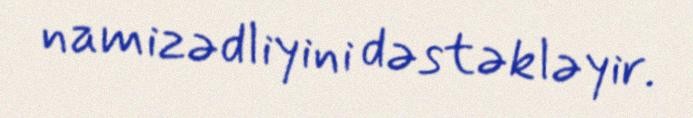
namizədliyini dəstəkləyir.